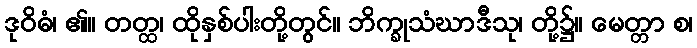
ဒုဝိဓံ၊ ၏။ တတ္ထ၊ ထိုနှစ်ပါးတို့တွင်။ ဘိက္ခုသံဃာဒီသု၊ တို့၌။ မေတ္တာ စ၊